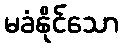
မခံနိုင်သော